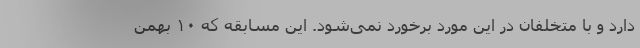
دارد و با متخلفان در این مورد برخورد نمی‌شود. این مسابقه که ۱۰ بهمن